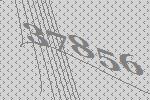
37856